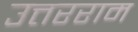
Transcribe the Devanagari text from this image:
उत्तरराम